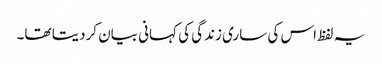
یہ لفظ اس کی ساری زندگی کی کہانی بیان کردیتا تھا۔